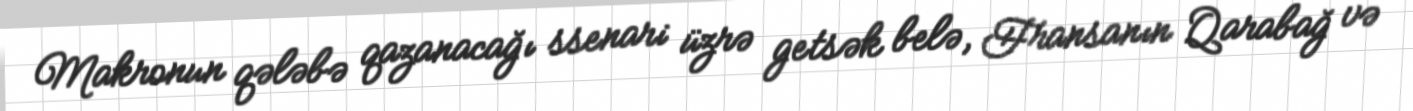
Makronun qələbə qazanacağı ssenari üzrə getsək belə, Fransanın Qarabağ və